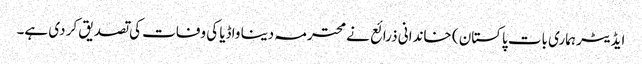
ایڈیٹر ہماری بات پاکستان ) خاندانی ذرائع نے محترمہ دینا واڈیا کی وفات کی تصدیق کر دی ہے۔